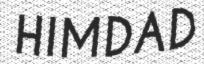
HIMDAD